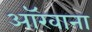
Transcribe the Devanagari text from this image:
ऑरवाना